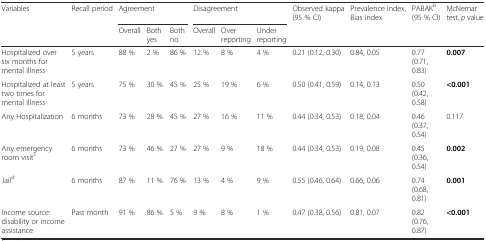
<table><thead><tr><td><b>Variables</b></td><td><b>Recall period</b></td><td colspan="3"><b>Agreement</b></td><td colspan="3"><b>Disagreement</b></td><td><b>Observed kappa (95 % CI)</b></td><td><b>Prevalence index, Bias index</b></td><td><b>PABAK<sup>b</sup> (95 % CI)</b></td><td><b>McNemar test, <i>p</i> value</b></td></tr><tr><td></td><td></td><td><b>Overall</b></td><td><b>Both yes</b></td><td><b>Both no</b></td><td><b>Overall</b></td><td><b>Over reporting</b></td><td><b>Under reporting</b></td><td></td><td></td><td></td><td></td></tr></thead><tbody><tr><td>Hospitalized over six months for mental illness</td><td>5 years</td><td>88 %</td><td>2 %</td><td>86 %</td><td>12 %</td><td>8 %</td><td>4 %</td><td>0.21 (0.12, 0.30)</td><td>0.84, 0.05</td><td>0.77 (0.71, 0.83)</td><td><b>0.007</b></td></tr><tr><td>Hospitalized at least two times for mental illness</td><td>5 years</td><td>75 %</td><td>30 %</td><td>45 %</td><td>25 %</td><td>19 %</td><td>6 %</td><td>0.50 (0.41, 0.59)</td><td>0.14, 0.13</td><td>0.50 (0.42, 0.58)</td><td><b>&lt;0.001</b></td></tr><tr><td>Any Hospitalization</td><td>6 months</td><td>73 %</td><td>28 %</td><td>45 %</td><td>27 %</td><td>16 %</td><td>11 %</td><td>0.44 (0.34, 0.53)</td><td>0.18, 0.04</td><td>0.46 (0.37, 0.54)</td><td>0.117</td></tr><tr><td>Any emergency room visit<sup>c</sup></td><td>6 months</td><td>73 %</td><td>46 %</td><td>27 %</td><td>27 %</td><td>9 %</td><td>18 %</td><td>0.44 (0.34, 0.53)</td><td>0.19, 0.08</td><td>0.45 (0.36, 0.54)</td><td><b>0.002</b></td></tr><tr><td>Jail<sup>d</sup></td><td>6 months</td><td>87 %</td><td>11 %</td><td>76 %</td><td>13 %</td><td>4 %</td><td>9 %</td><td>0.55 (0.46, 0.64)</td><td>0.66, 0.06</td><td>0.74 (0.68, 0.81)</td><td><b>0.001</b></td></tr><tr><td>Income source: disability or income assistance</td><td>Past month</td><td>91 %</td><td>86 %</td><td>5 %</td><td>9 %</td><td>8 %</td><td>1 %</td><td>0.47 (0.38, 0.56)</td><td>0.81, 0.07</td><td>0.82 (0.76, 0.87)</td><td><b>&lt;0.001</b></td></tr></tbody></table>